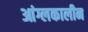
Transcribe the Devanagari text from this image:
आंग्लकालीन